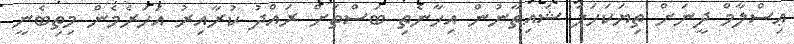
ޢިސްލާމް ދީނަށް ތިޔަކަހަލަ ޝައިތާނުން އިހާނެތި ބަސްތަށް ރައްދު ކުރާއިރު އަހަރެމެން މިތިބެނީ